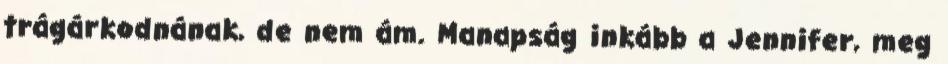
trágárkodnának, de nem ám. Manapság inkább a Jennifer, meg